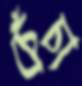
চেঁচা